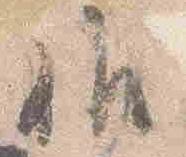
候